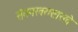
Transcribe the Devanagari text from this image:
संगमरवरासारखे